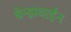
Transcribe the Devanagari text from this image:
बेन्झथाईन